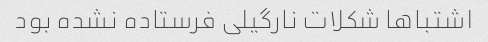
اشتباها شکلات نارگیلی فرستاده نشده بود